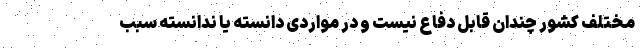
مختلف کشور چندان قابل دفاع نیست و در مواردی دانسته یا ندانسته سبب